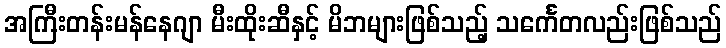
အကြီးတန်းမန်နေဂျာ မီးထိုးဆီနှင့် မိဘများဖြစ်သည့် သင်္ကေတလည်းဖြစ်သည်